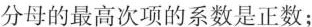
分母的最高次项的系数是正数；